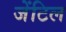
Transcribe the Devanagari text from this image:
जेंटिल